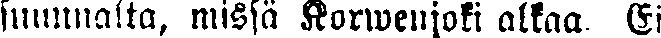
suunnalta, missä Korwenjoki alkaa. Ei